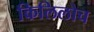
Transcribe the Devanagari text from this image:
किलिलोच